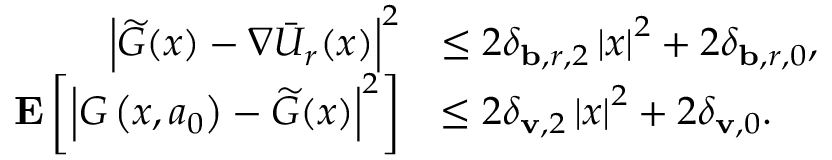
\begin{array} { r l } { \left| \widetilde { G } ( x ) - \nabla \Bar { U } _ { r } ( x ) \right| ^ { 2 } } & { \le 2 \delta _ { \mathbf { b } , r , 2 } \left| x \right| ^ { 2 } + 2 \delta _ { \mathbf { b } , r , 0 } , } \\ { \mathbf { E } \left[ \left| { G } \left( x , a _ { 0 } \right) - \widetilde { G } ( x ) \right| ^ { 2 } \right] } & { \le 2 \delta _ { \mathbf { v } , 2 } \left| x \right| ^ { 2 } + 2 \delta _ { \mathbf { v } , 0 } . } \end{array}